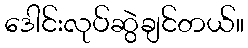
ဒေါင်းလုပ်ဆွဲချင်တယ်။